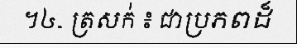
។៤. ត្រសក់ ៖ ជាប្រភពដ៏